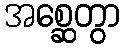
အစ္ဆေတွာ